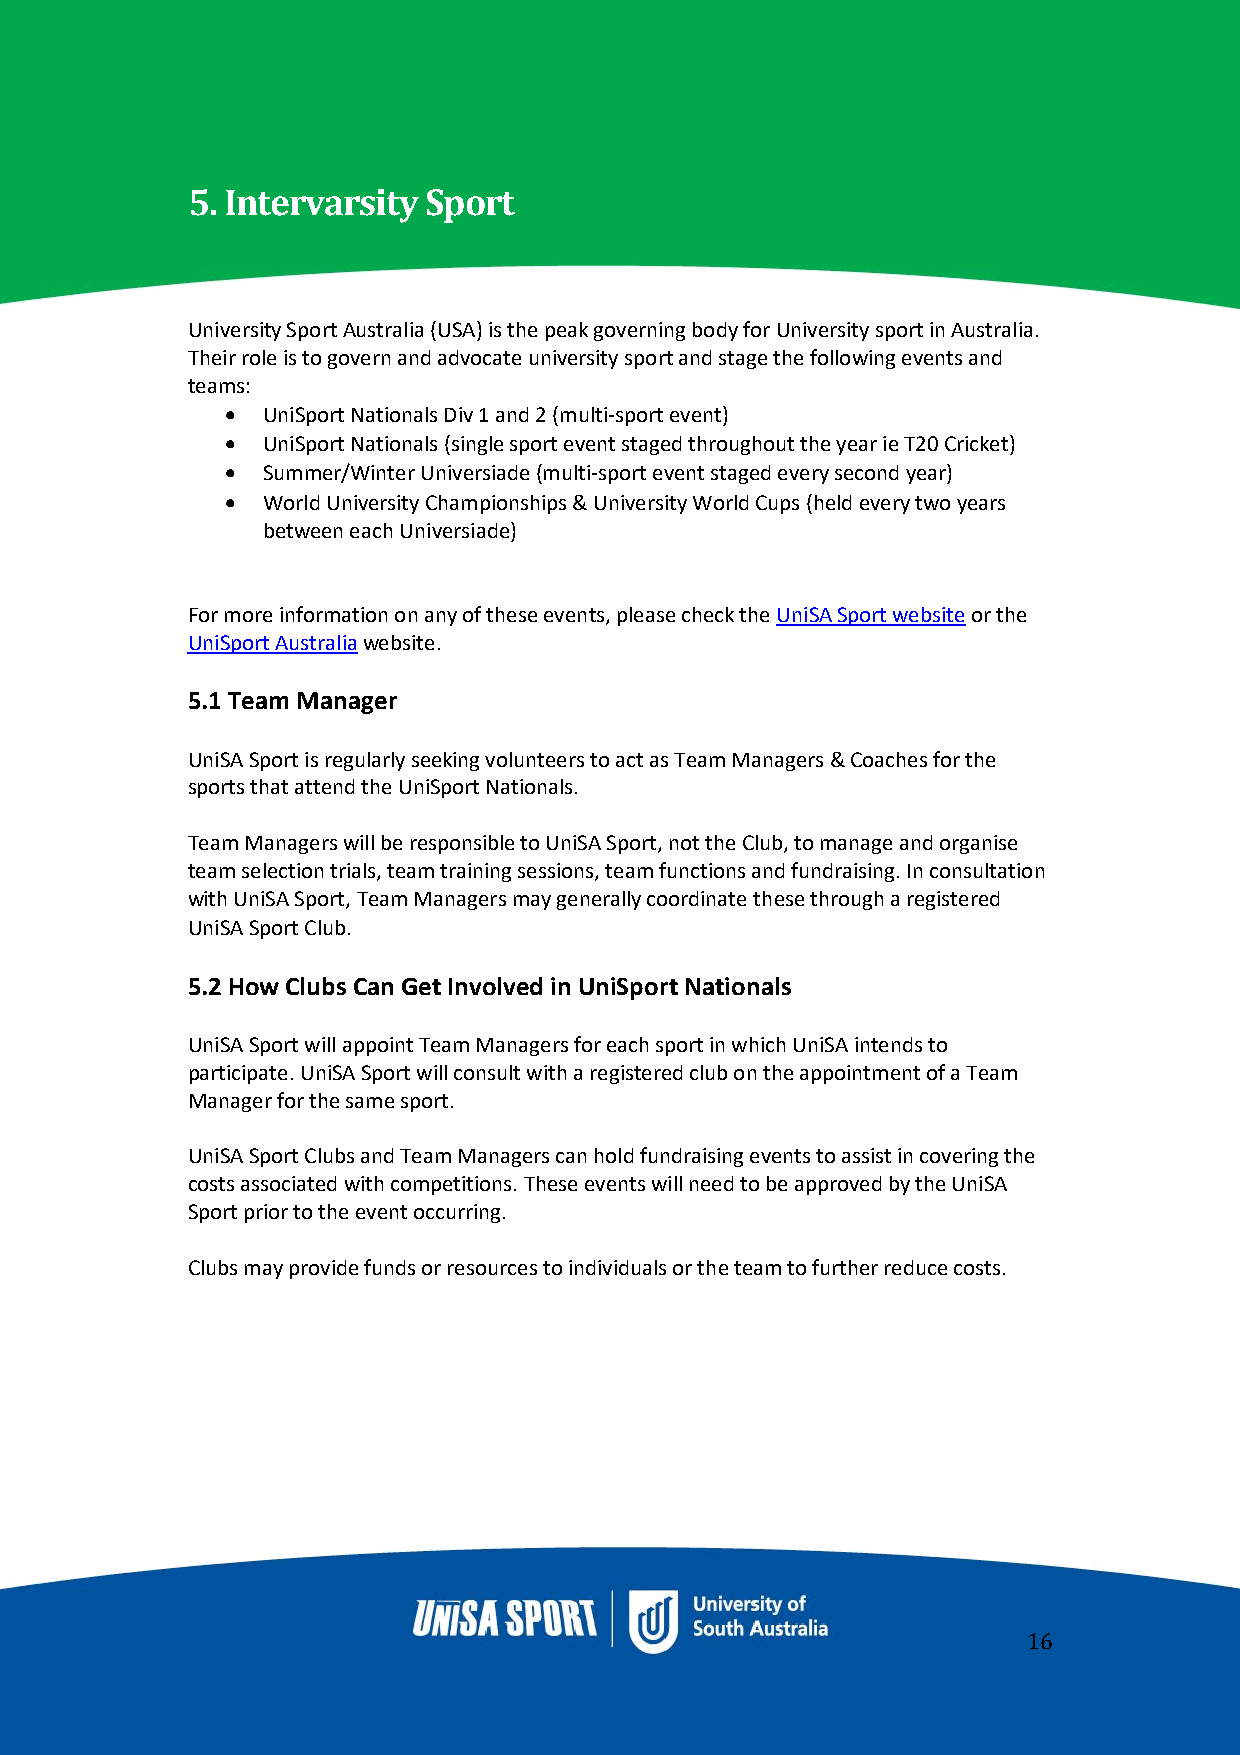
5. Intervarsity Sport
 University Sport Australia (USA) is the peak governing body for University sport in Australia.
 Their role is to govern and advocate university sport and stage the following events and
 teams:
 • UniSport Nationals Div 1 and 2 (multi-sport event)
 • UniSport Nationals (single sport event staged throughout the year ie T20 Cricket)
 • Summer/Winter Universiade (multi-sport event staged every second year)
 • World University Championships & University World Cups (held every two years
 between each Universiade)
 For more information on any of these events, please check the UniSA Sport website or the
 UniSport Australia website.
 5.1 Team Manager
 UniSA Sport is regularly seeking volunteers to act as Team Managers & Coaches for the
 sports that attend the UniSport Nationals.
 Team Managers will be responsible to UniSA Sport, not the Club, to manage and organise
 team selection trials, team training sessions, team functions and fundraising. In consultation
 with UniSA Sport, Team Managers may generally coordinate these through a registered
 UniSA Sport Club.
 5.2 How Clubs Can Get Involved in UniSport Nationals
 UniSA Sport will appoint Team Managers for each sport in which UniSA intends to
 participate. UniSA Sport will consult with a registered club on the appointment of a Team
 Manager for the same sport.
 UniSA Sport Clubs and Team Managers can hold fundraising events to assist in covering the
 costs associated with competitions. These events will need to be approved by the UniSA
 Sport prior to the event occurring.
 Clubs may provide funds or resources to individuals or the team to further reduce costs.
 16